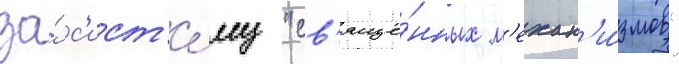
за́ с'ист'е́му "св'яще́нных м'ехан'и́змов"